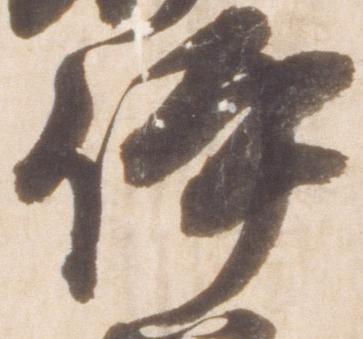
伊